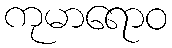
ကုမာရောဝ